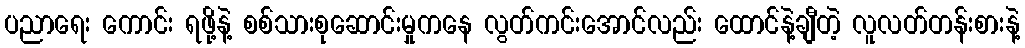
ပညာရေး ကောင်း ရဖို့နဲ့ စစ်သားစုဆောင်းမှုကနေ လွတ်ကင်းအောင်လည်း ထောင်နဲ့ချီတဲ့ လူလတ်တန်းစားနဲ့